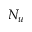
N _ { u }